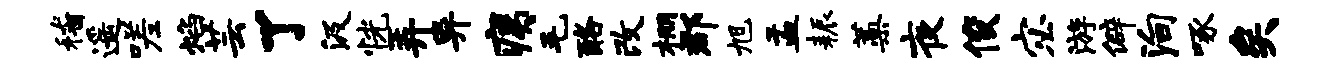
稽遥嗟焰芸了汲恍弄异痍毛酪改棚郡旭盂耨蒿夜俊宓游僻殉啄矣